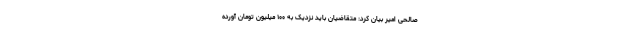
صالحی امیر بیان کرد: متقاضیان باید نزدیک به ۱۰۰ میلیون تومان آورده